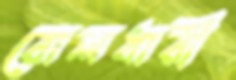
রোলধারী